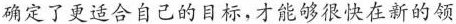
确定了更适合自己的目标，才能够很快在新的领